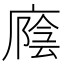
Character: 廕